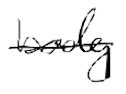
Text: body
Cross-out: single-line
Writing tool: digital_black